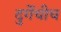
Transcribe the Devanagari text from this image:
दुर्गेचीच